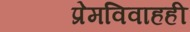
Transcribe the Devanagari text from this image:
प्रेमविवाहही